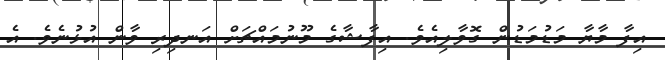
އިފާ މާޔާ މަޑުމަޑުން ގޮވާލިއެވެ. އިފާޝާގެ މޫނުމައްޗަށް އަނދިރި ވާން އުޅުނެވެ. އެ